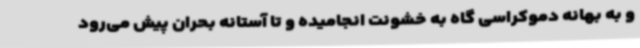
و به بهانه دموکراسی گاه به خشونت انجامیده و تا آستانه بحران پیش می‌رود